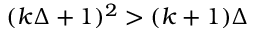
( k \Delta + 1 ) ^ { 2 } > ( k + 1 ) \Delta